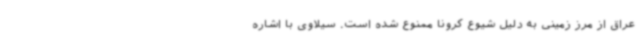
عراق از مرز زمینی به دلیل شیوع کرونا ممنوع شده است. سیلاوی با اشاره